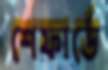
শেফার্ডে